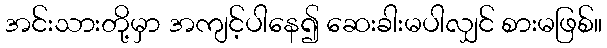
အင်းသားတို့မှာ အကျင့်ပါနေ၍ ဆေးခါးမပါလျှင် စားမဖြစ်။